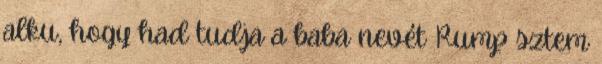
alku, hogy had tudja a baba nevét Rump sztem